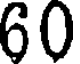
60